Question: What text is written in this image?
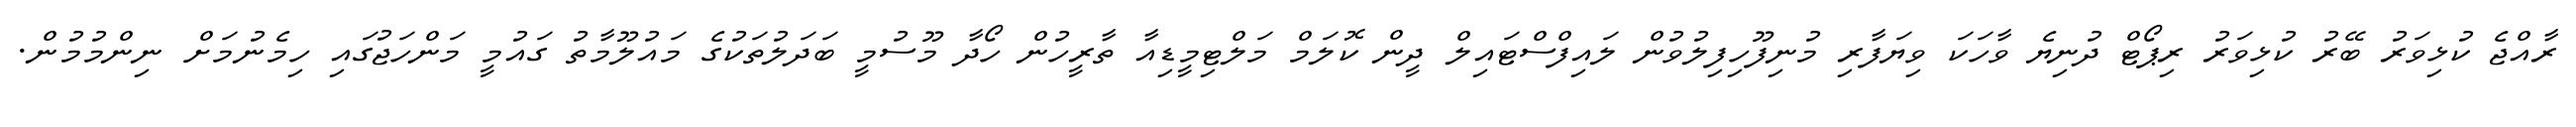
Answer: ރާއްޖެ ކުޅިވަރު ބޭރު ކުޅިވަރު ރިޕޯޓް ދުނިޔެ ވާހަކަ ވިޔަފާރި މުނިފޫހިފިލުވުން ލައިފްސްޓައިލް ދީން ކޮލަމް މަލްޓިމީޑިއާ ތާރީހުން ހޯދާ މޫސުމީ ބަދަލުތަކުގެ މައުލޫމާތު ގައުމީ މަންހަޖުގައި ހިމެނުމަށް ނިންމުމުން.